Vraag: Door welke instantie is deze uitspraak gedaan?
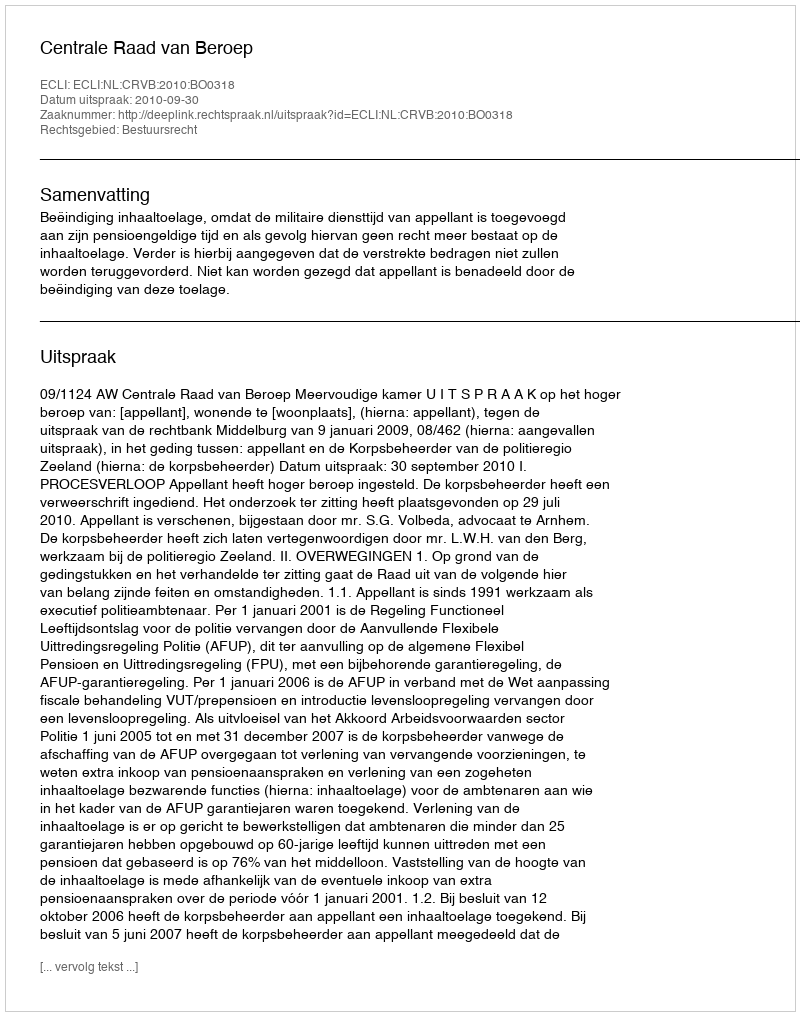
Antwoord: Centrale Raad van Beroep